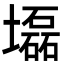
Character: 𡓃